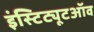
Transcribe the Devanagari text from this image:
इंस्टिट्यूटऑव